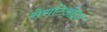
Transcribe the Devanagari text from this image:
सेराटिओइड